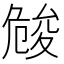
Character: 𠨢